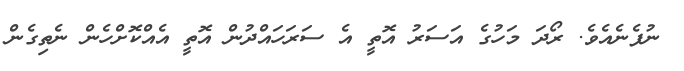
ނުފެނެއެވެ. ރޯދަ މަހުގެ އަސަރު އޮތީ އެ ސަރަހައްދުން އޮތީ އެއްކޮށްހެން ނެތިގެން